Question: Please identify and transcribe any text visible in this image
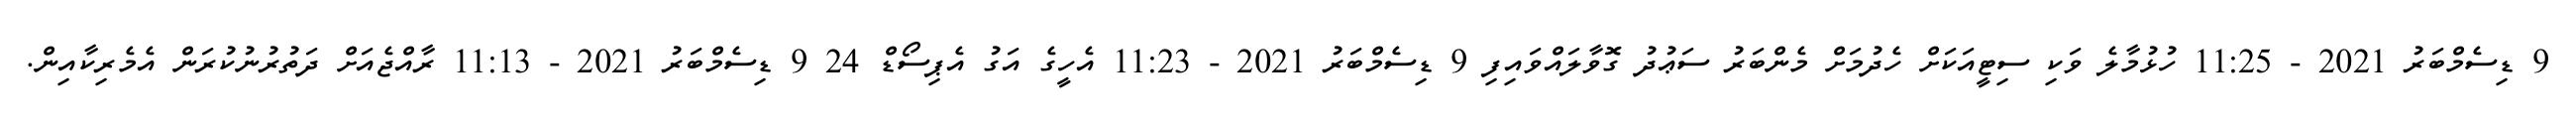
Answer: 9 ޑިސެމްބަރު 2021 - 11:25 ހުޅުމާލެ ވަކި ސިޓީއަކަށް ހެދުމަށް މެންބަރު ސަޢުދު ގޮވާލައްވައިފި 9 ޑިސެމްބަރު 2021 - 11:23 އެހީގެ އަގު އެޕިސޯޑް 24 9 ޑިސެމްބަރު 2021 - 11:13 ރާއްޖެއަށް ދަތުރުނުކުރަން އެމެރިކާއިން.